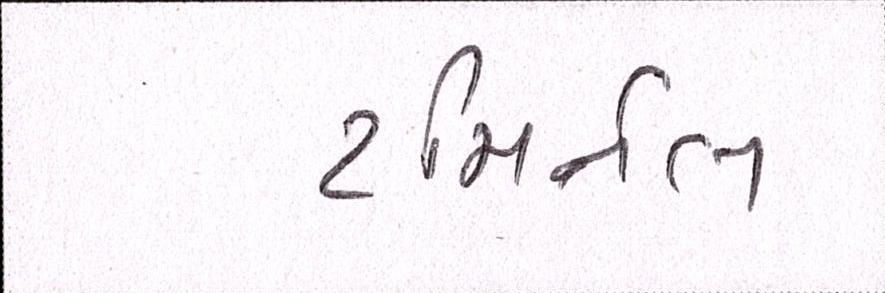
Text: ટમિર્નલ